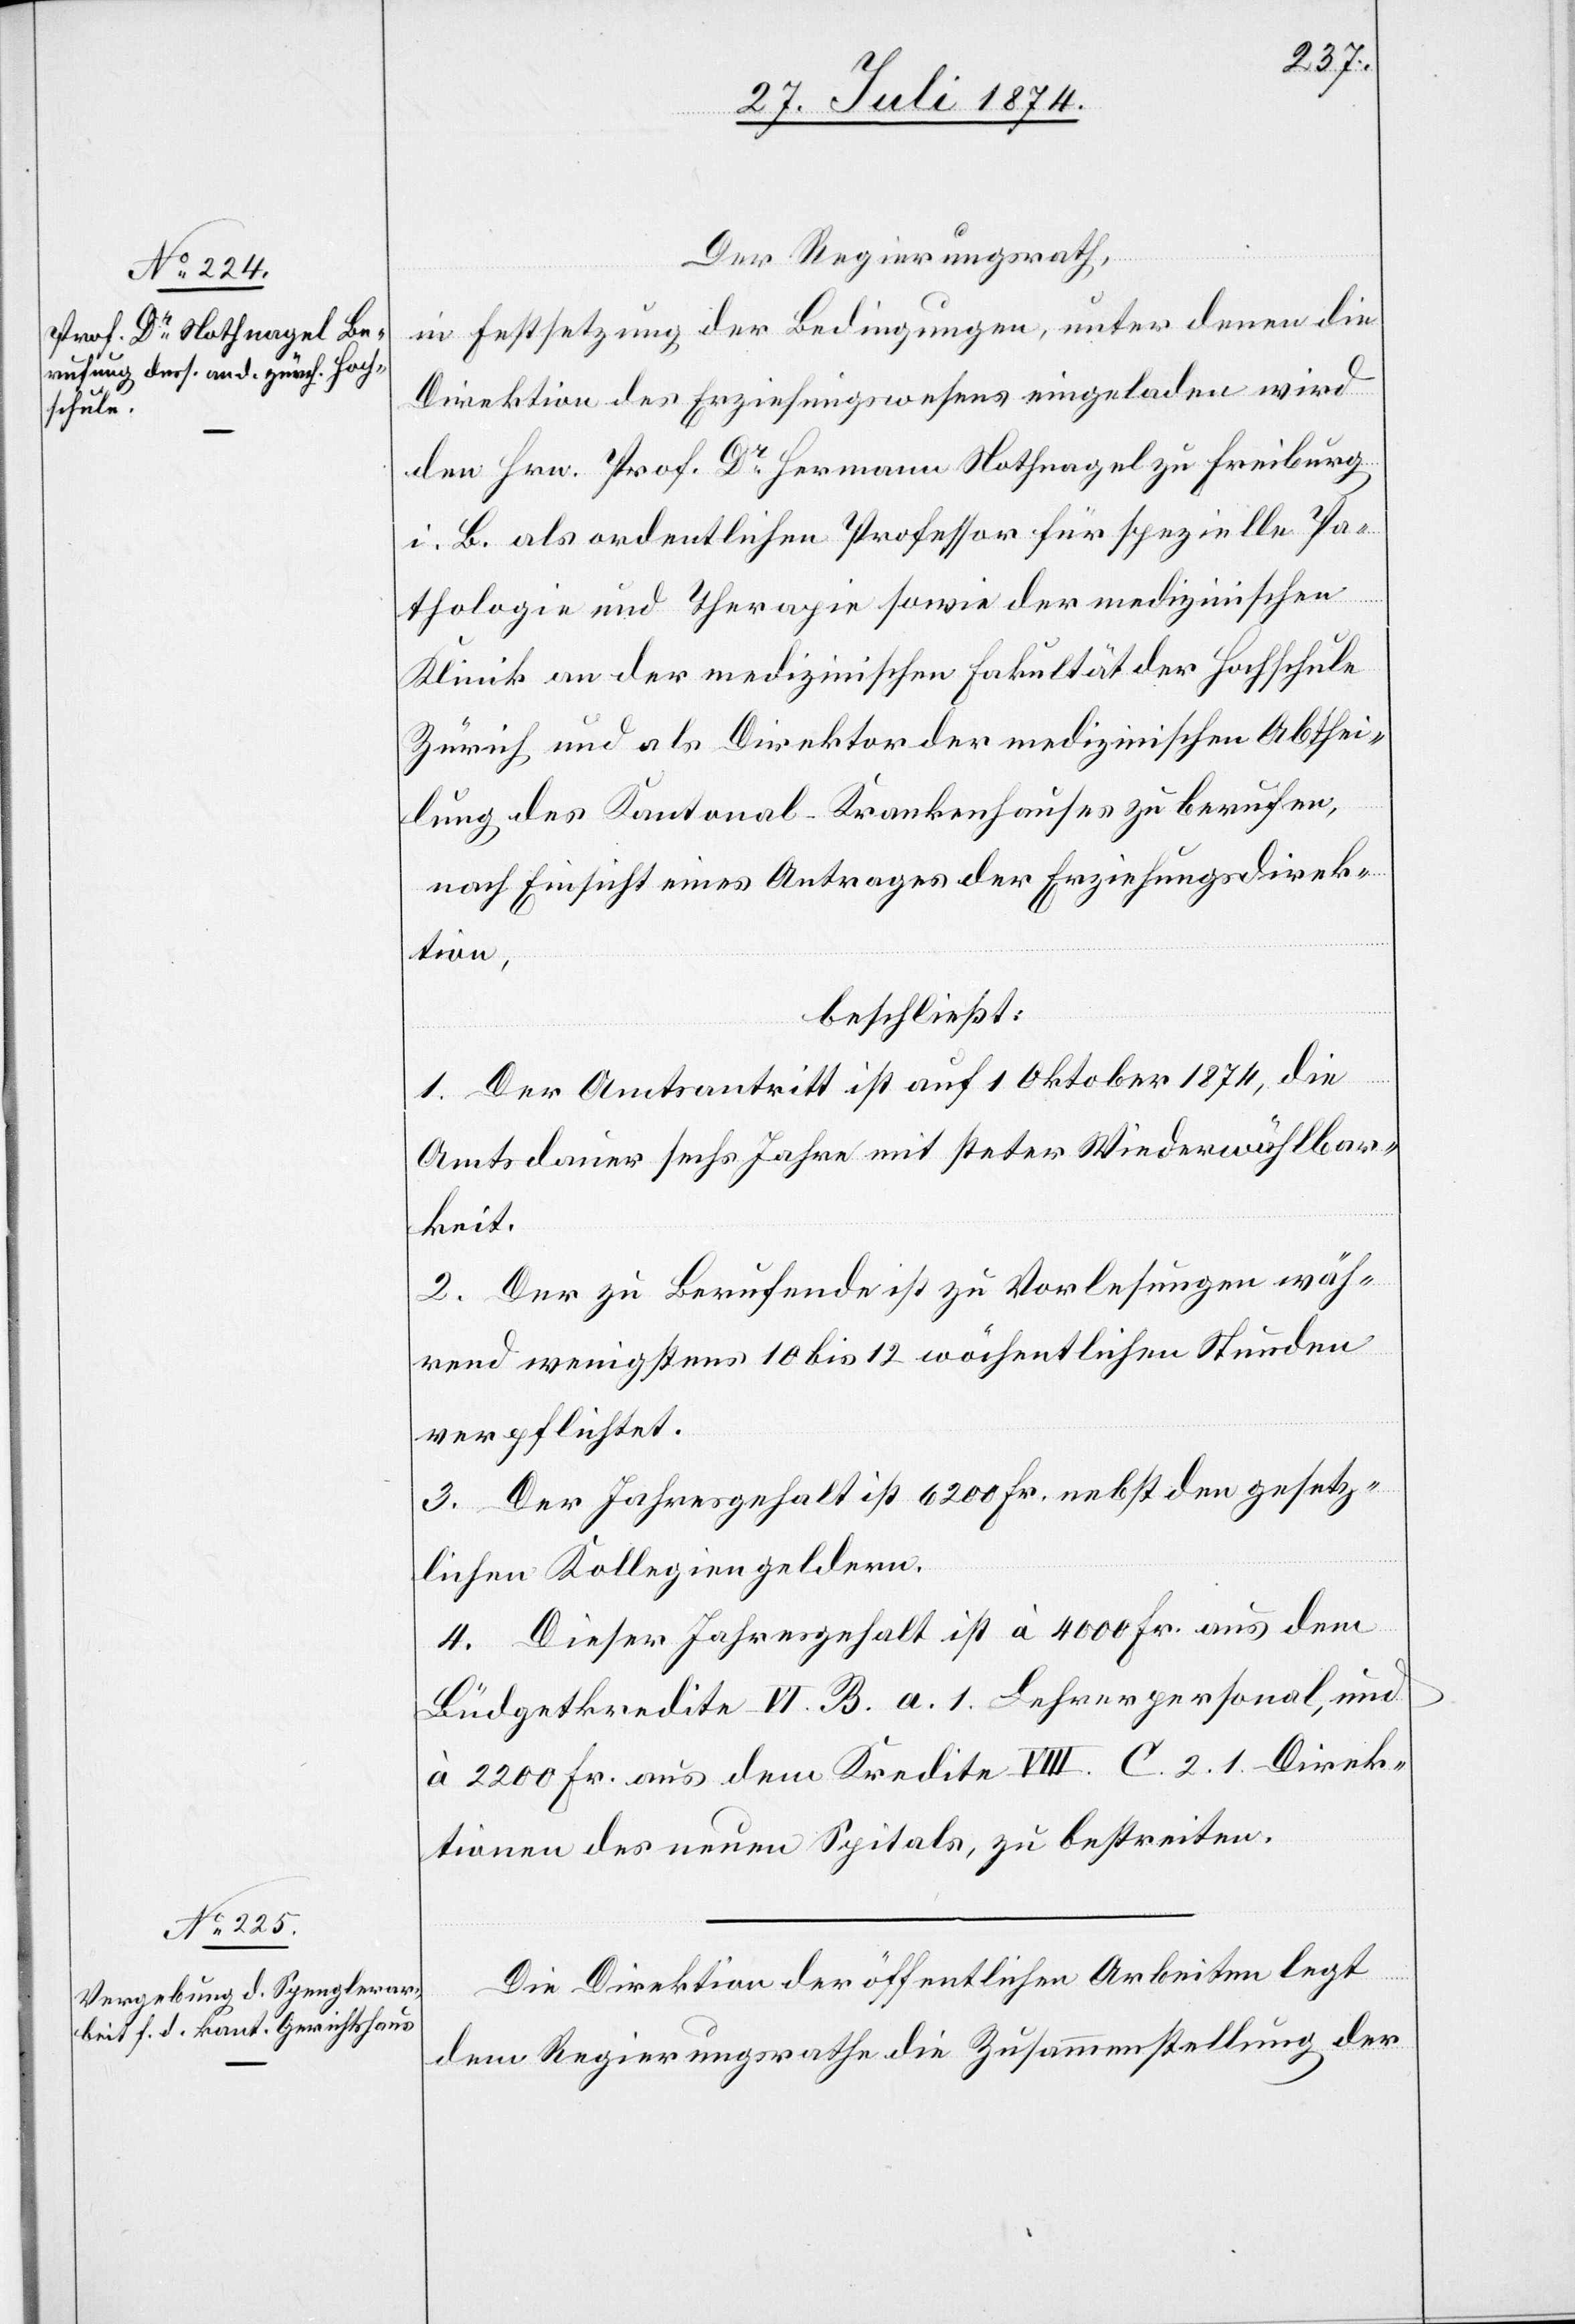
Der Regierungsrath,
in Festsetzung der Bedingungen, unter denen die
Direktion des Erziehungswesens eingeladen wird
den Hrn. Prof. Dr Hermann Nothnagel zu Freiburg
i. B. als ordentlichen Professor für spezielle Pa¬
thologie und Therapie sowie der medizinischen
Klinik an der medizinischen Fakultät der Hochschule
Zürich und als Direktor der medizinischen Abthei¬
lung des Kantonal-Krankenhauses zu berufen,
nach Einsicht eines Antrages der Erziehungsdirek¬
tion,
beschließt:
1. Der Amtsantritt ist auf 1. Oktober 1874, die
Amtsdauer sechs Jahre mit steter Wiederwählbar¬
keit.
2. Der zu Berufende ist zu Vorlesungen wäh¬
rend wenigstens 10 bis 12 wöchentlichen Stunden
verpflichtet.
3. Der Jahresgehalt ist 6200 Fr. nebst den gesetz¬
lichen Kollegiengeldern.
4. Dieser Jahresgehalt ist à 4000 Fr. aus dem
Büdgetkredite IV. B. a. 1 Lehrerpersonal, und
à 2200 Fr. aus dem Kredite VIII. C. 2. 1 Direk¬
tionen des neuen Spitals, zu bestreiten.
Die Direktion der öffentlichen Arbeiten legt
dem Regierungsrathe die Zusammenstellung der